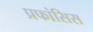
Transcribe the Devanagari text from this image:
प्रफांसिस